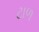
ટાળ